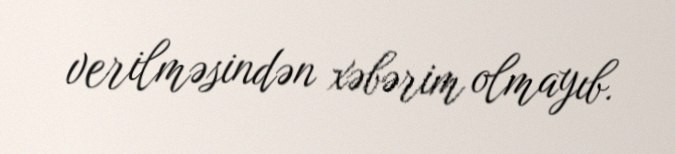
verilməsindən xəbərim olmayıb.